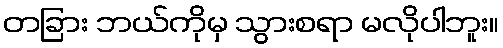
တခြား ဘယ်ကိုမှ သွားစရာ မလိုပါဘူး။